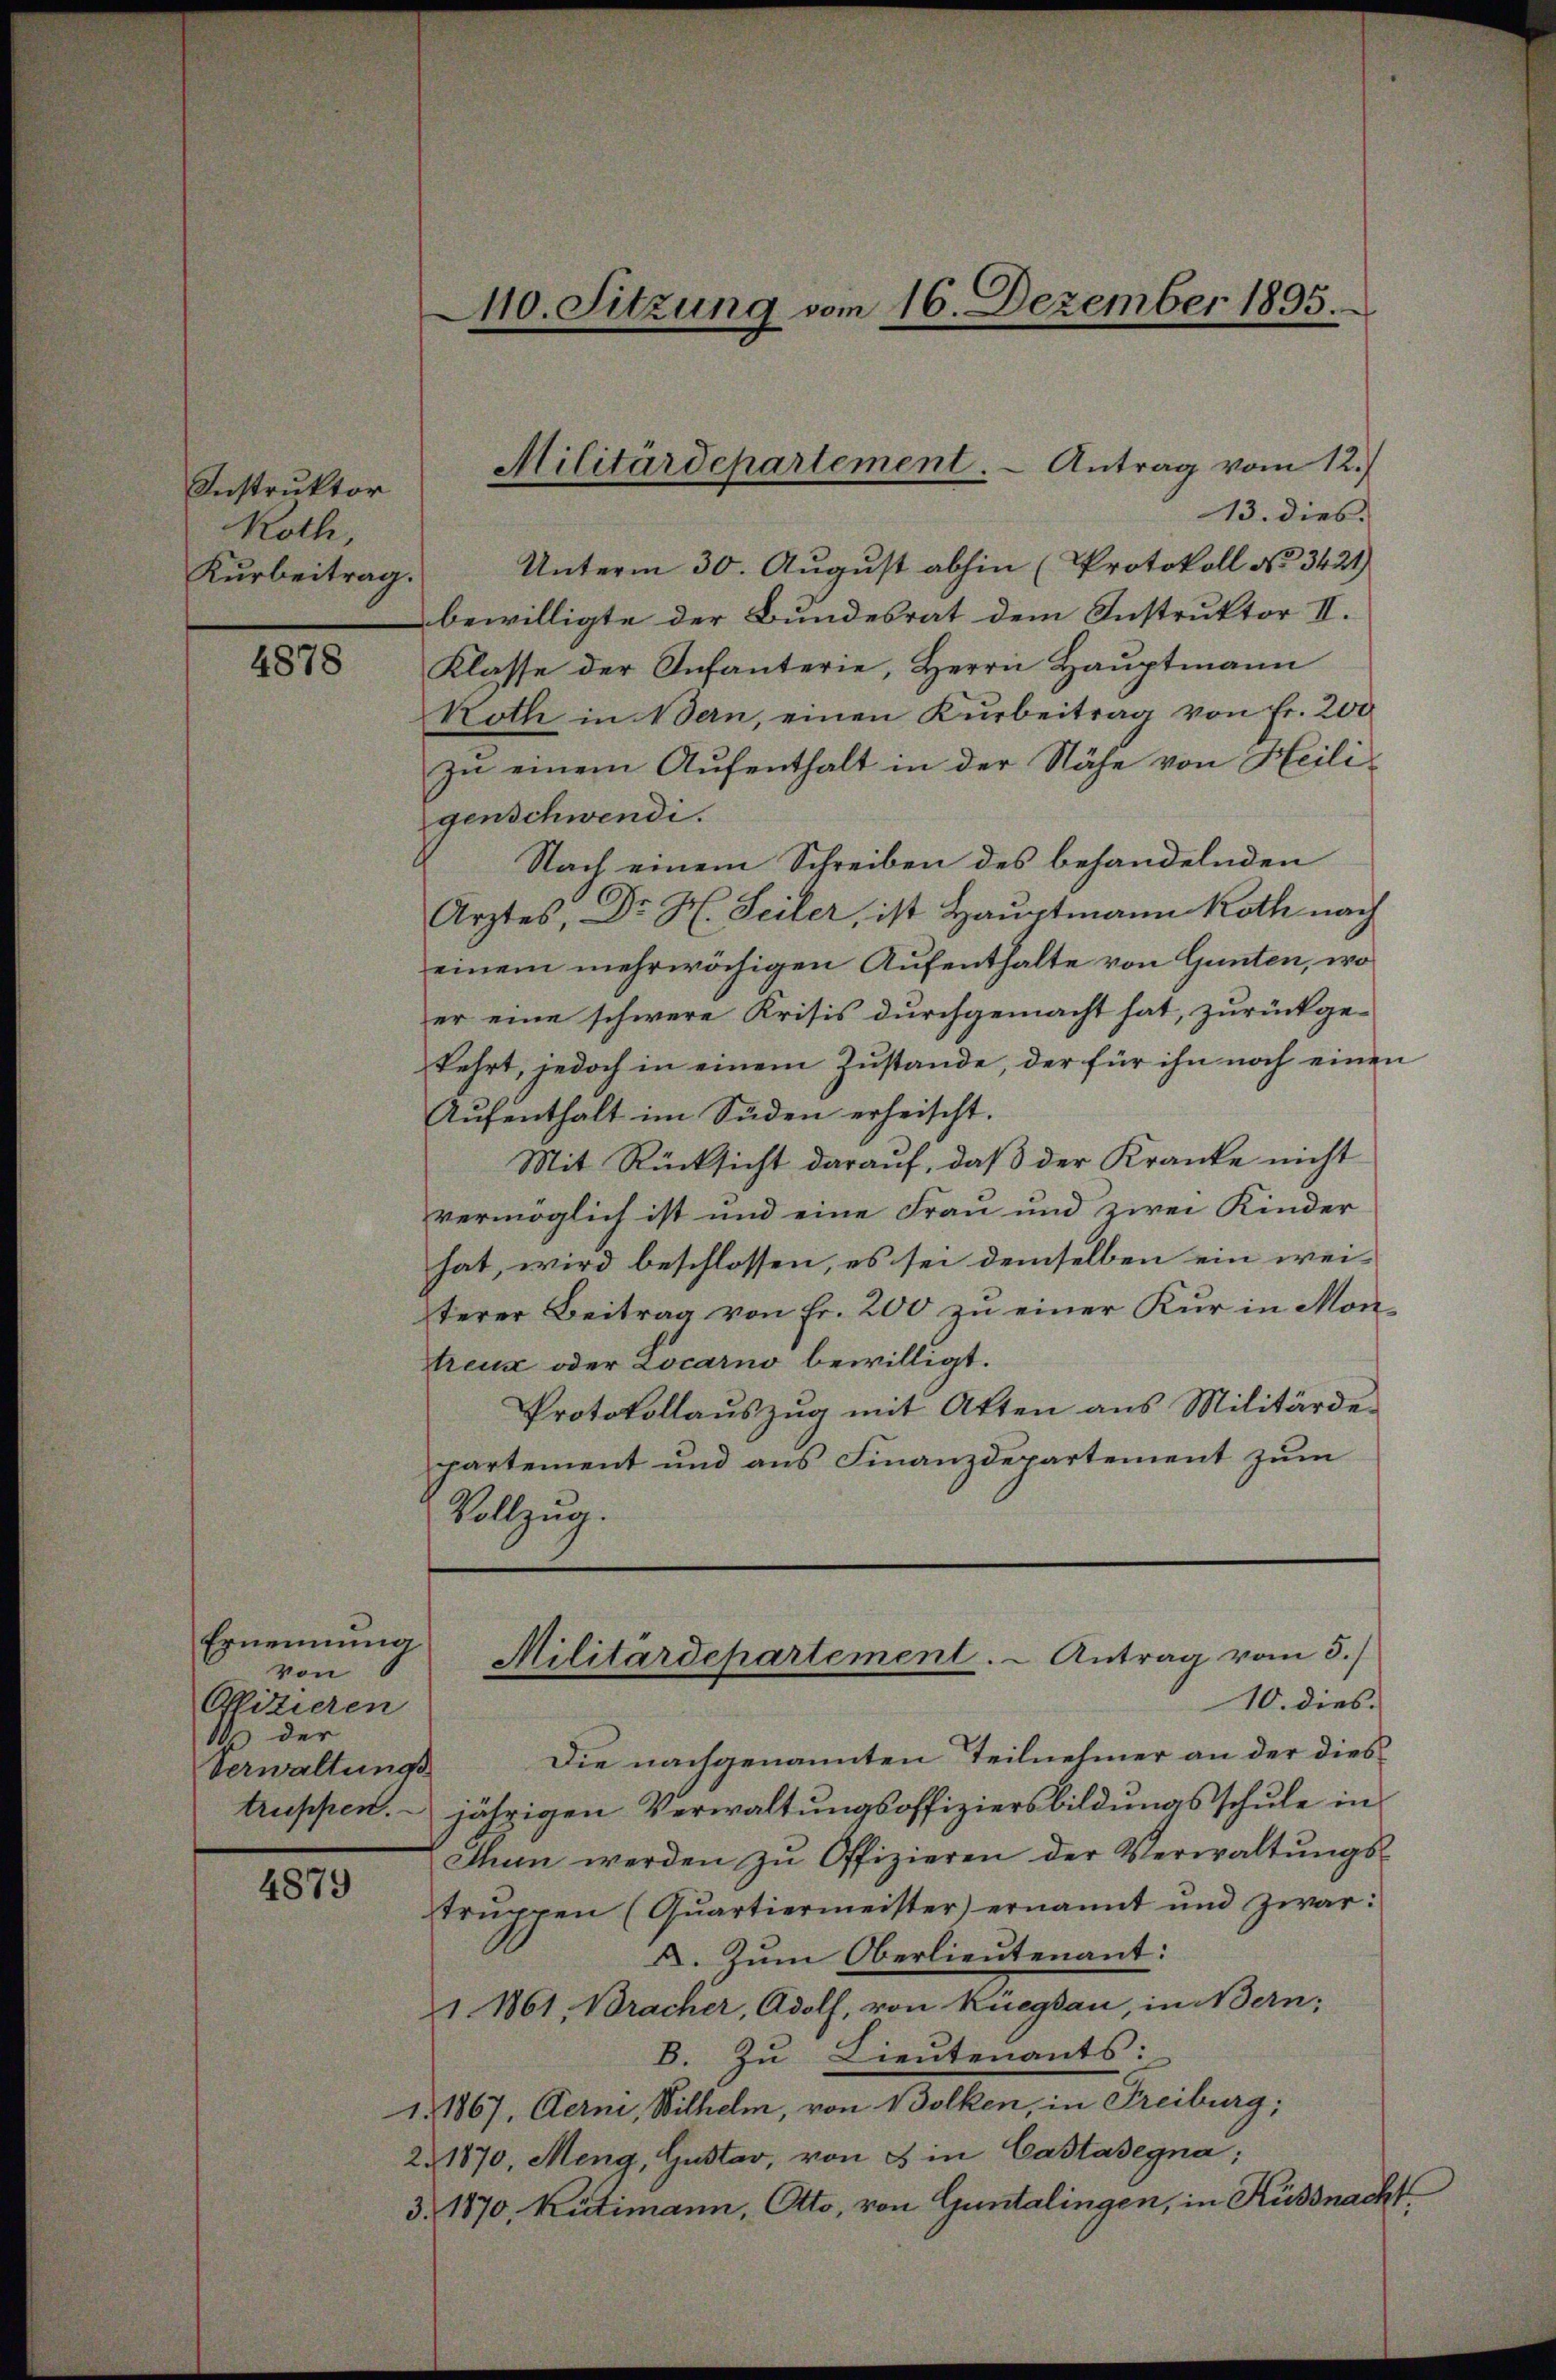
Instruktor
Roth,

4878

Ernennung
von
Olitieren
An der
Verwaltungs¬

4879

13. dies
Kurbeitrag. Unterm 30. August abhin (Protokoll No 3421)
bewilligte der Bundesrat dem Instruktor II.
Klasse der Infanterie, Herrn Hauptmann
Noth in Bern, einen Kurbeitrag von Fr. 200
zu einem Aufenthalt in der Nähe von Heili-
genschwendi.
Nach einem Schreiben des behandelnden
Ärztes, Dr. H. Seiler, ist Hauptmann Roth nach
einem mehrwöchigen Aufenthalte von Gunten, wo
er eine schwere Krisis durchgemacht hat, zurückge-
kehrt, jedoch in einem Zustande, der für ihn noch einen
Aŭfenthalt im Süden erheischt.
Mit Rücksicht darauf, daß der Kranke nicht
vermöglich ist und eine Frau und zwei Kinder
hat, wird beschlossen, es sei demselben ein weiterer Beitrag von Fr. 200 zu einer Kur in Mon
treux oder Locarno bewilligt.
Protokollauszug mit Atten aus Militärdeppartement und aus Finanzdepartement zum
Vollzug.

410. Sitzung vom 16. Dezember 1895.

Militärdepartement. - Antrag vom 12.)

Militärdepartement. - Antrag vom 3.)

10. dies
Die nachgenannten Teilnehmer an der diestruppen. – jährigen Verwaltungsoffiziersbildungsschule in
Thun werden zu Offizieren der Verwaltungstrŭppen (Qŭartiermeister) ernannt und zwar:
X. Zum Oberlieutenant:
1 161. Bracher, Adolf, von Küegsau, in Bern;
B. Zu Lieutenants:
1. 1867, Gerne, Wilhelm, von Bolken, in Freiburg,
2.1870, Meng, Gustav, von 5 in Castasegna;
3. 1870, Rütimann, Otto, von Guntalingen, in Küssnacht